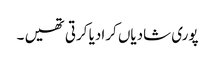
پوری شادیاں کرادیا کرتی تھیں ۔